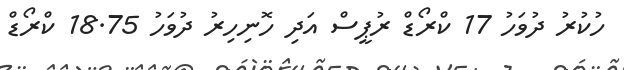
ހުކުރު ދުވަހު 17 ކްރޯޑް ރުޕީސް އަދި ހޮނިހިރު ދުވަހު 18.75 ކްރޯޑް